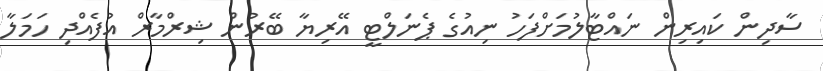
ސާދިން ކައިރިން ނައްޓާލުމަށްފަހު ނިއުގެ ޕެނަލްޓީ އޭރިޔާ ބޭރުން ޝިރްމާރް އުފެއްދި ހަމަލާ